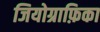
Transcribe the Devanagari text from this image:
जियोग्राफ़िका